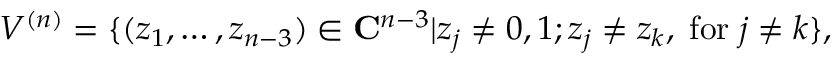
V ^ { ( n ) } = \{ ( z _ { 1 } , \ldots , z _ { n - 3 } ) \in { \bf C } ^ { n - 3 } | z _ { j } \ne 0 , 1 ; z _ { j } \ne z _ { k } , \; \mathrm { f o r } \; j \ne k \} ,